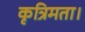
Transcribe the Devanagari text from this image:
कृत्रिमता।